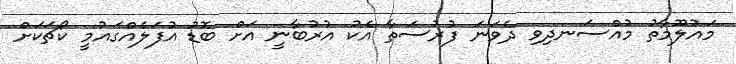
މައުލޫމާތު މުއްސަނދިވި ދެވަނަ ފުރުސަތާ އެކު އުރުބާނީ އަށް ބޮޑު އުފަލެއްގައުމީ ކޯޗަކަށް